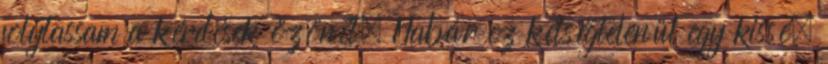
folytassam a kérdések özönét. Habár ez kétségtelenül egy kissé.